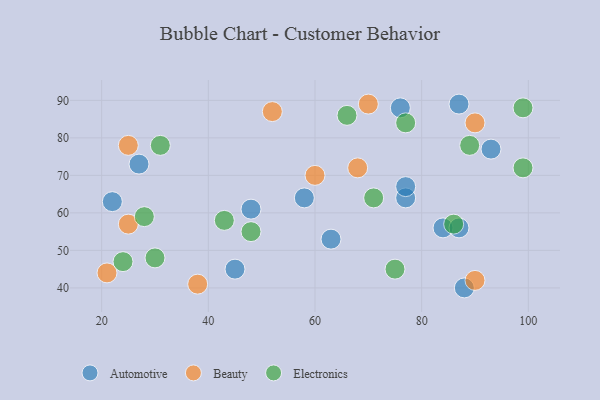
{"axis": {"x": "GDP", "y": "Life Expectancy"}, "legend": ["Automotive", "Beauty", "Electronics"], "data": [{"x": "63", "y": 53, "type": "Automotive"}, {"x": "87", "y": 89, "type": "Automotive"}, {"x": "22", "y": 63, "type": "Automotive"}, {"x": "76", "y": 88, "type": "Automotive"}, {"x": "58", "y": 64, "type": "Automotive"}, {"x": "45", "y": 45, "type": "Automotive"}, {"x": "84", "y": 56, "type": "Automotive"}, {"x": "77", "y": 64, "type": "Automotive"}, {"x": "27", "y": 73, "type": "Automotive"}, {"x": "93", "y": 77, "type": "Automotive"}, {"x": "87", "y": 56, "type": "Automotive"}, {"x": "48", "y": 61, "type": "Automotive"}, {"x": "77", "y": 67, "type": "Automotive"}, {"x": "88", "y": 40, "type": "Automotive"}, {"x": "60", "y": 70, "type": "Beauty"}, {"x": "90", "y": 42, "type": "Beauty"}, {"x": "68", "y": 72, "type": "Beauty"}, {"x": "21", "y": 44, "type": "Beauty"}, {"x": "38", "y": 41, "type": "Beauty"}, {"x": "25", "y": 57, "type": "Beauty"}, {"x": "52", "y": 87, "type": "Beauty"}, {"x": "90", "y": 84, "type": "Beauty"}, {"x": "25", "y": 78, "type": "Beauty"}, {"x": "70", "y": 89, "type": "Beauty"}, {"x": "48", "y": 55, "type": "Electronics"}, {"x": "99", "y": 88, "type": "Electronics"}, {"x": "99", "y": 72, "type": "Electronics"}, {"x": "75", "y": 45, "type": "Electronics"}, {"x": "66", "y": 86, "type": "Electronics"}, {"x": "43", "y": 58, "type": "Electronics"}, {"x": "31", "y": 78, "type": "Electronics"}, {"x": "86", "y": 57, "type": "Electronics"}, {"x": "77", "y": 84, "type": "Electronics"}, {"x": "24", "y": 47, "type": "Electronics"}, {"x": "71", "y": 64, "type": "Electronics"}, {"x": "28", "y": 59, "type": "Electronics"}, {"x": "30", "y": 48, "type": "Electronics"}, {"x": "89", "y": 78, "type": "Electronics"}]}